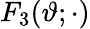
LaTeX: F_{3}(\vartheta;\cdot)